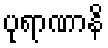
ပုရာဏာနိ